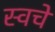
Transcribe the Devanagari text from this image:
स्वचे